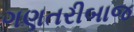
ગણતરીબાજ